Children and Young Persons (Scotland) Act, 1932. Employment of children, 1932
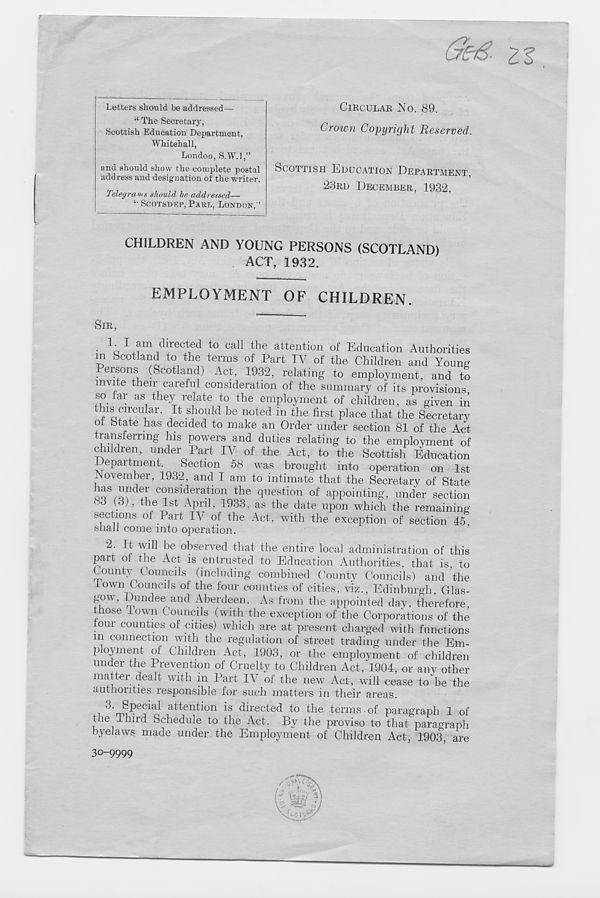
(9e€- zz
Letters should be addressed—
“ The Secretary,
Scottish Education Department,
Whitehall,
London, S.W.l,”
and should show the complete postal
address and designation of the writer.
Telegrams should he addressed—
SCOTSDKP, PAUL, LONDON. ’
CIRCULAR NO. 89.
Crown Copyright Reserved.
SCOTTISH EDUCATION DEPARTMENT,
23RD DECEMBER, 1932.
CHILDREN AND YOUNG PERSONS (SCOTLAND)
ACT, 1932.
EMPLOYMENT OF CHILDREN.
SIR,
• ’'"a ^ m i^r eC^ to Cal1
attention of Education Authorities
m Scotland to the terms of Part IV of the Children and Younn
Persons (Scotland) Act, 1932, relating to employment, and to
invite their careful consideration of the summary of its provisions
so tar as they relate to the employment of children, as given in
this circular. It should be noted in the first place that the Secretary
ot State has decided to make an Order under section 81 of the Act
transferrmg his powers and duties relating to the employment of
children, under Part IV of the Act, to the Scottish Education
Department. Section 58 was brought into operation on 1st
.November, 1932, and I am to intimate that the Secretary of State
las under consideration the question of appointing, under section
83 (3), the 1st April, 1933, as the date upon which the remaining
sections of Part IV of the Act, with the exception of section 45^
shall come into operation.
^
observed that the entire local administration of this
part of the Act is entrusted to Education Authorities, that is, to
County Councils (including combined County Councils) and the
lown Councils of the four counties of cities, viz., Edinburgh, Glas-
gnw, Dundee and Aberdeen. As from the appointed day, therefore,
those lown Councils (with the exception of the Corporations of the
tour counties of cities) which are at present charged with functions
in connection with the regulation of street trading under the Em-
ployment of Children Act, 1903, or the employment of children
under the Prevention of Cruelty to Children Act, 1904, or any other
matter dealt with in Part IV of the new Act, will cease to be the
authorities responsible for such matters in their areas.
attention is directed to the terms of paragraph 1 of
the Third Schedule to the Act. By the proviso to that paragraph
byelaws made under the Employment of Children Act, 1903, are
30-9999